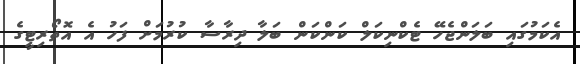
އެކަމުގައި ބަލަންޖެހޭ ޓެކްނިކަލް ކަންކަން ބަލާ ދިރާސާ ކުރުމަށް ފަހު އެ އޮތޯރިޓީގެ